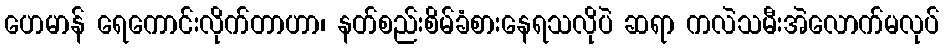
ဟေမာန် ရေကောင်းလိုက်တာဟာ၊ နတ်စည်းစိမ်ခံစားနေရသလိုပဲ ဆရာ ကလဲသမီးအဲလောက်မလုပ်